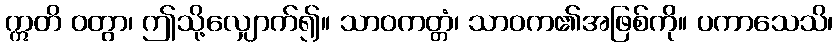
ဣတိ ဝတွာ၊ ဤသို့လျှောက်၍။ သာဝကတ္တံ၊ သာဝက၏အဖြစ်ကို။ ပကာသေသိ၊